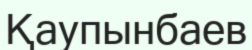
Қаупынбаев